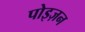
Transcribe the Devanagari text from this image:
पोइज़न